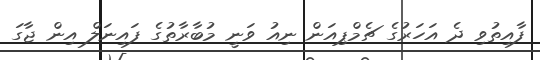
ފާއިތުވި ދެ އަހަރުގެ ޗެމްޕިއަން ނިއު ވަނީ މުބާރާތުގެ ފައިނަލް އިން ޖާގަ